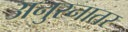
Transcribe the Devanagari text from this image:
अनुस्नातर